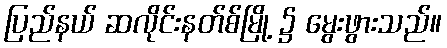
ပြည်နယ် ဆလိုင်းနတ်စ်မြို့ ၌ မွေးဖွားသည်။